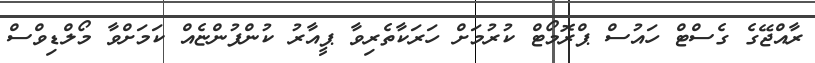
ރާއްޖޭގެ ގެސްޓް ހައުސް ޕްރޮމޯޓް ކުރުމަށް ހަރަކާތެރިވާ ޕީއާރު ކުންފުންޏެއް ކަމަށްވާ މޯލްޑިވްސް